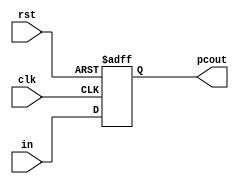
module pc(
	input wire clk, 
	input wire rst,
	input wire[31:0] in, 
	output reg[31:0] pcout
	);
	always @(posedge clk or posedge rst) begin
		if (rst) begin
			// reset
			pcout <= 32'b0;
		end
		else begin
			pcout <= in;
		end
	end
endmodule